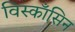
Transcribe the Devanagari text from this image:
विस्काँसिन